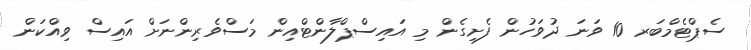
ސެޕްޓެމްބަރ 10 ވަނަ ދުވަހުން ފެށިގެން މި އައިސްޕްލާންޓްއިން މަސްވެރިންނަށް އައިސް ވިއްކަން